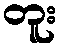
တူး